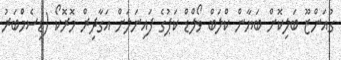
ގުއަންޒޫ ބަލިކޮށް ބަޔާން ކްލަބް ވޯލްޑް ކަޕުގެ ފައިނަލަށް އަގާދިރް މޮރޮކޯ (ޑިސެމްބަރު